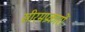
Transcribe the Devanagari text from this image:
सीरमप्रकारों